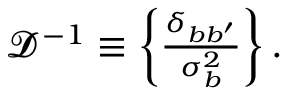
\begin{array} { r } { \mathbfcal { D } ^ { - 1 } \equiv \left\{ \frac { \delta _ { b b ^ { \prime } } } { \sigma _ { b } ^ { 2 } } \right\} . } \end{array}